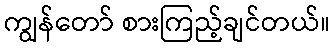
ကျွန်တော် စားကြည့်ချင်တယ်။